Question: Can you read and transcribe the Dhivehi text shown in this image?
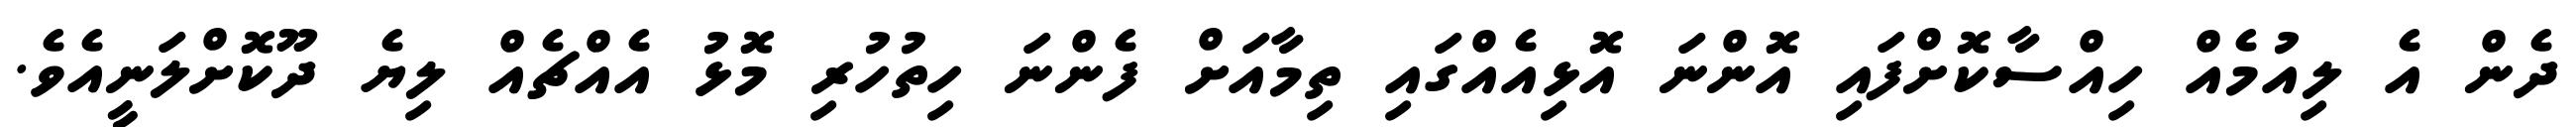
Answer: ދެން އެ ލިއުމެއް ހިއްސާކޮށްފައި އޮންނަ އޮޅިއެއްގައި ތިމާއަށް ފެންނަ ހިތުހުރި މޮޅު އެއްޗެއް ލިޔެ ދޫކޮށްލަނީއެވެ.